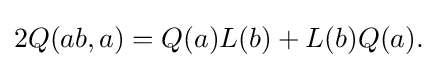
\displaystyle {2Q(ab,a)=Q(a)L(b)+L(b)Q(a).}